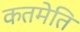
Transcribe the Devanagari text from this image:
कतमेति